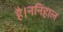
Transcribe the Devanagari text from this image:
है।ननिहाल